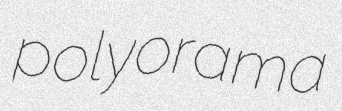
polyorama